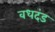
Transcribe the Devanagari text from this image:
वधदंड